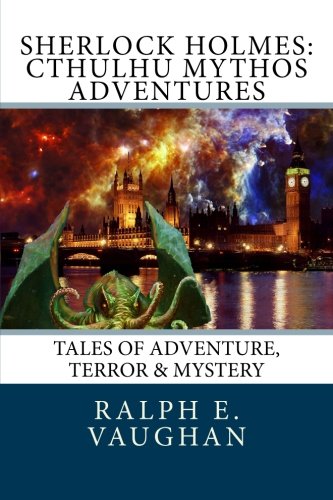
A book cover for Sherlock Holmes: Cthulhu Mythos Adventures (Sherlock Holmes Adventures) (Volume 2); Ralph E. Vaughan; Mystery, Thriller & Suspense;